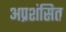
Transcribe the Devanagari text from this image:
अप्रशंसित